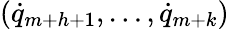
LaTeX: ({\dot{q}}_{m+h+1},\dots,{\dot{q}}_{m+k})